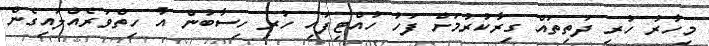
މިހާރު ހުރި ދަތިތައް ގިރާކުރުމަށް ފަހު ހުއްޓިފައި ހުރި ހިސާބުން އާ ހިތްވަރެއްލައިގެން